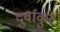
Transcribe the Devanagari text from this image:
दुर्वाकुर